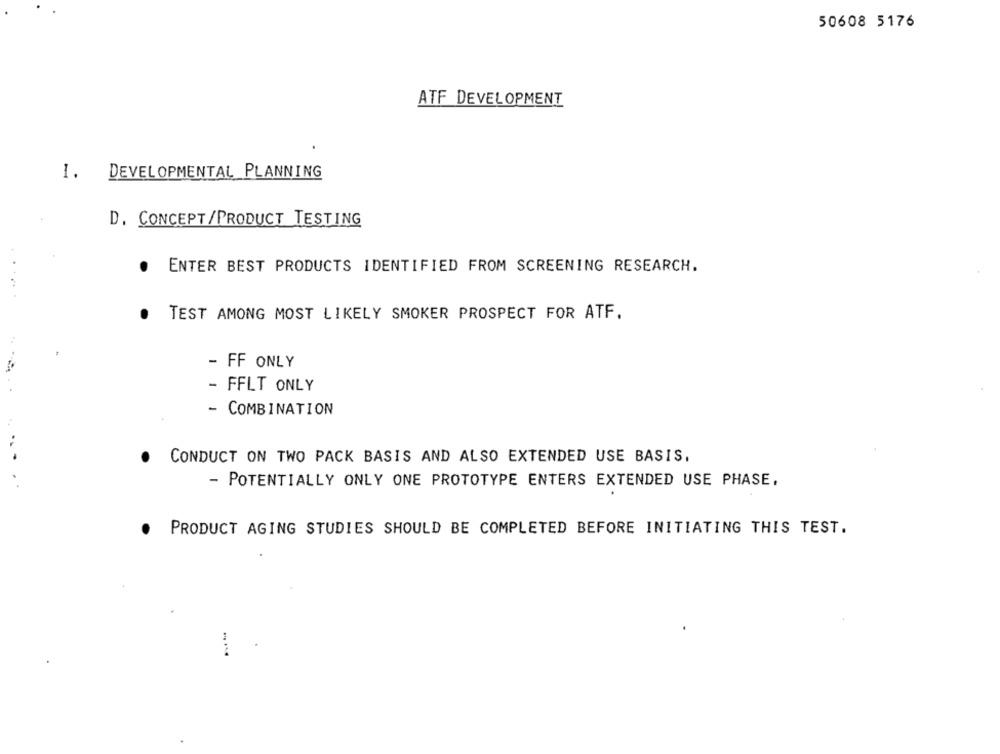
50608 5176
ATF DEVELOPMENT
I. DEVELOPMENTAL PLANNING
D. CONCEPT/PRODUCT TESTING
ENTER BEST PRODUCTS IDENTIFIED FROM SCREENING RESEARCH.
...
TEST AMONG MOST LIKELY SMOKER PROSPECT FOR ATF.
- FF ONLY
- FFLT ONLY
- COMBINATION
..
CONDUCT ON TWO PACK BASIS AND ALSO EXTENDED USE BASIS,
..
- POTENTIALLY ONLY ONE PROTOTYPE ENTERS EXTENDED USE PHASE,
PRODUCT AGING STUDIES SHOULD BE COMPLETED BEFORE INITIATING THIS TEST.